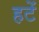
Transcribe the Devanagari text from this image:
हटें